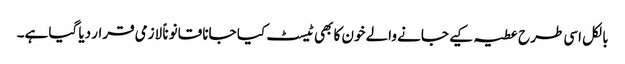
بالکل اسی طرح عطیہ کیے جانے والے خون کا بھی ٹیسٹ کیا جانا قانوناً لازمی قرار دیا گیا ہے۔